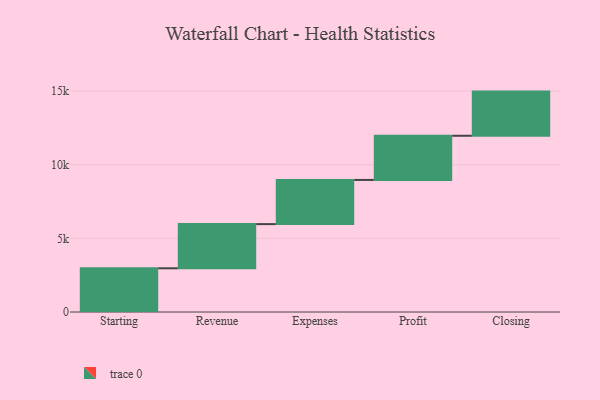
{"axis": {"x": "Step", "y": "Value"}, "legend": [""], "data": [{"x": "Starting", "y": 2969.0, "type": ""}, {"x": "Revenue", "y": 3000, "type": ""}, {"x": "Expenses", "y": 3000, "type": ""}, {"x": "Profit", "y": 3000, "type": ""}, {"x": "Closing", "y": 3000, "type": ""}]}